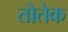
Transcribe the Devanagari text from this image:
तोतेक